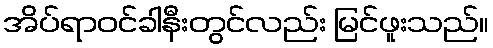
အိပ်ရာဝင်ခါနီးတွင်လည်း မြင်ဖူးသည်။